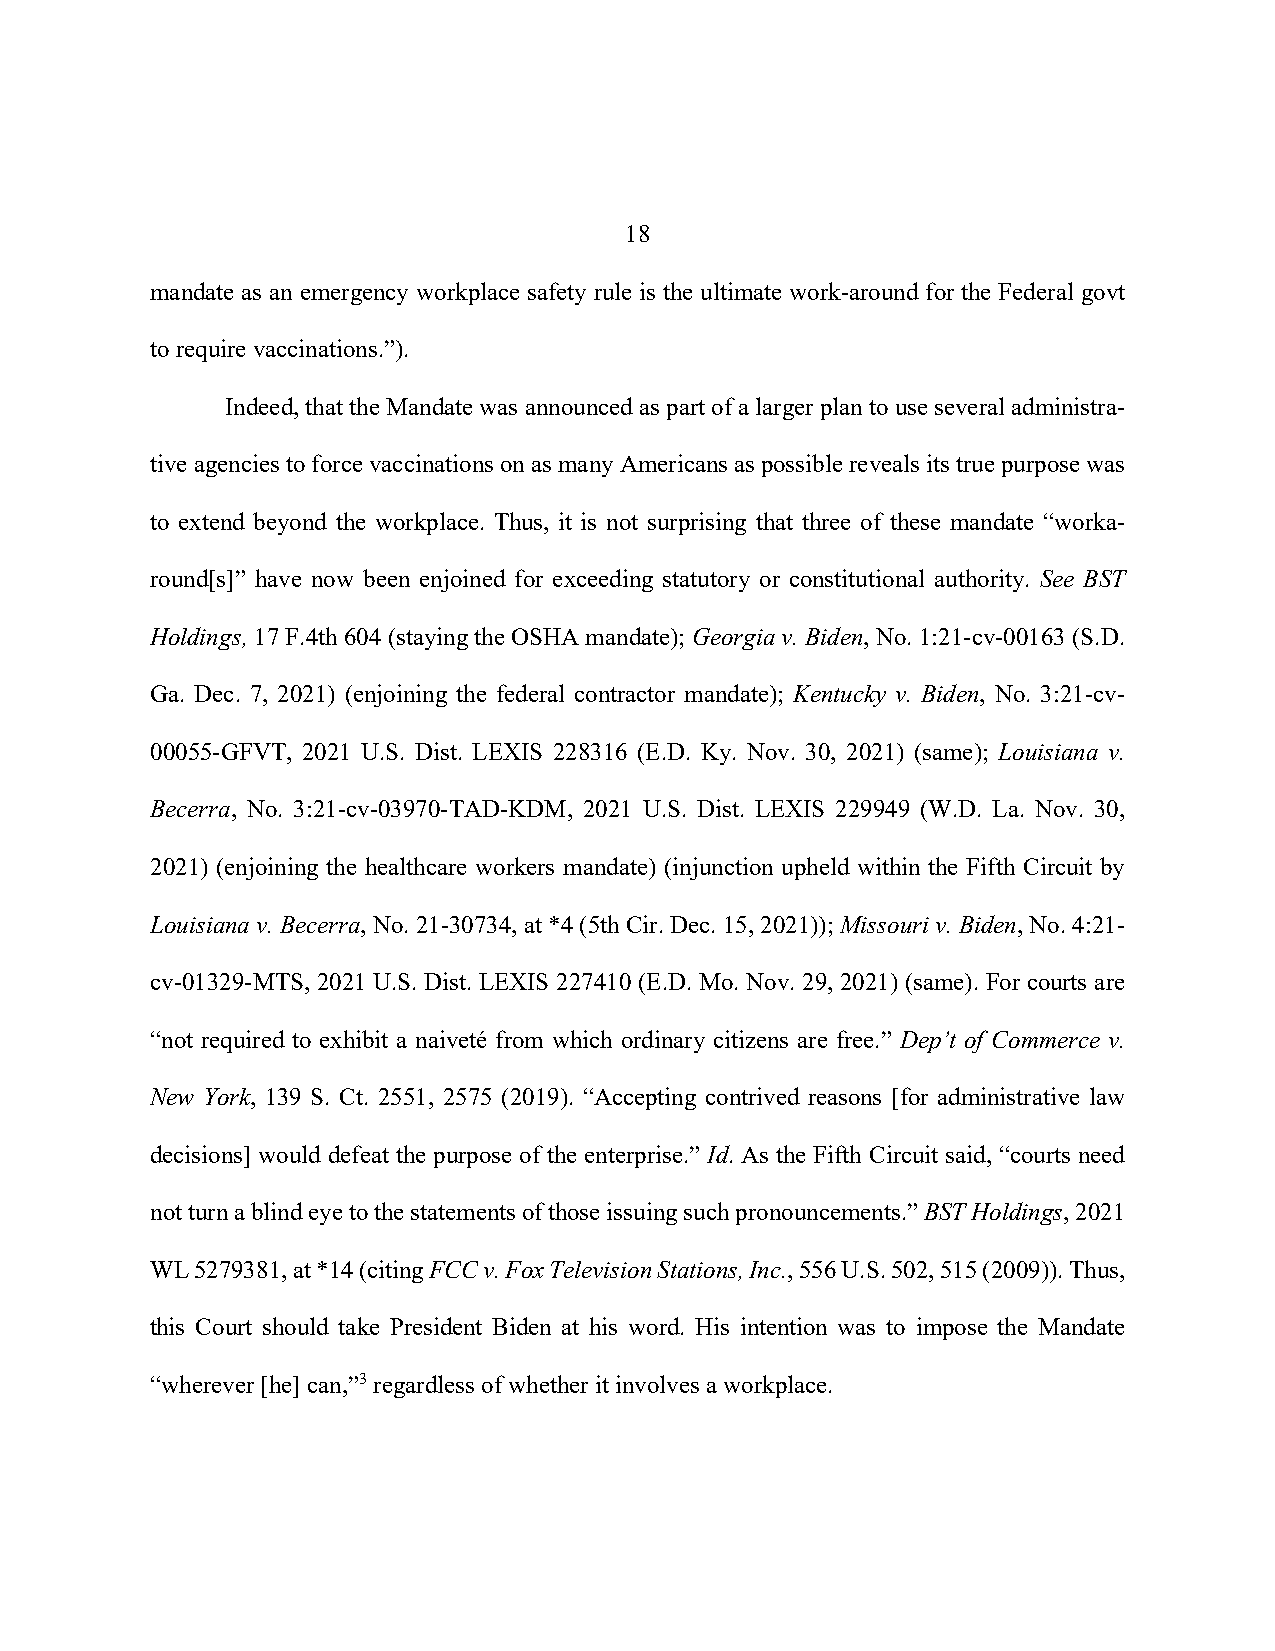
18
 mandate as an emergency workplace safety rule is the ultimate work-around for the Federal govt
 to require vaccinations.”).
 Indeed, that the Mandate was announced as part of a larger plan to use several administra-
 tive agencies to force vaccinations on as many Americans as possible reveals its true purpose was
 to extend beyond the workplace. Thus, it is not surprising that three of these mandate “worka-
 round[s]” have now been enjoined for exceeding statutory or constitutional authority. See BST
 Holdings, 17 F.4th 604 (staying the OSHA mandate); Georgia v. Biden, No. 1:21-cv-00163 (S.D.
 Ga. Dec. 7, 2021) (enjoining the federal contractor mandate); Kentucky v. Biden, No. 3:21-cv-
 00055-GFVT, 2021 U.S. Dist. LEXIS 228316 (E.D. Ky. Nov. 30, 2021) (same); Louisiana v.
 Becerra, No. 3:21-cv-03970-TAD-KDM, 2021 U.S. Dist. LEXIS 229949 (W.D. La. Nov. 30,
 2021) (enjoining the healthcare workers mandate) (injunction upheld within the Fifth Circuit by
 Louisiana v. Becerra, No. 21-30734, at *4 (5th Cir. Dec. 15, 2021)); Missouri v. Biden, No. 4:21-
 cv-01329-MTS, 2021 U.S. Dist. LEXIS 227410 (E.D. Mo. Nov. 29, 2021) (same). For courts are
 “not required to exhibit a naiveté from which ordinary citizens are free.” Dep’t of Commerce v.
 New York, 139 S. Ct. 2551, 2575 (2019). “Accepting contrived reasons [for administrative law
 decisions] would defeat the purpose of the enterprise.” Id. As the Fifth Circuit said, “courts need
 not turn a blind eye to the statements of those issuing such pronouncements.” BST Holdings, 2021
 WL 5279381, at *14 (citing FCC v. Fox Television Stations, Inc., 556 U.S. 502, 515 (2009)). Thus,
 this Court should take President Biden at his word. His intention was to impose the Mandate
 “wherever [he] can,”3 regardless of whether it involves a workplace.